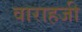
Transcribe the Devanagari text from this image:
वाराहजी